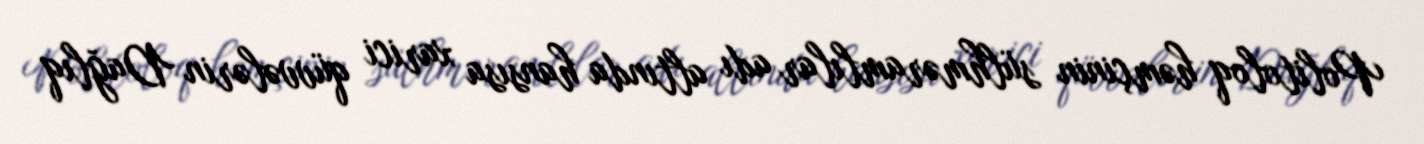
Politoloq həmçinin sülhməramlılar adı altında hansısa xarici qüvvələrin Dağlıq